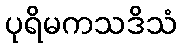
ပုရိမကသဒိသံ